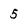
Character: 5